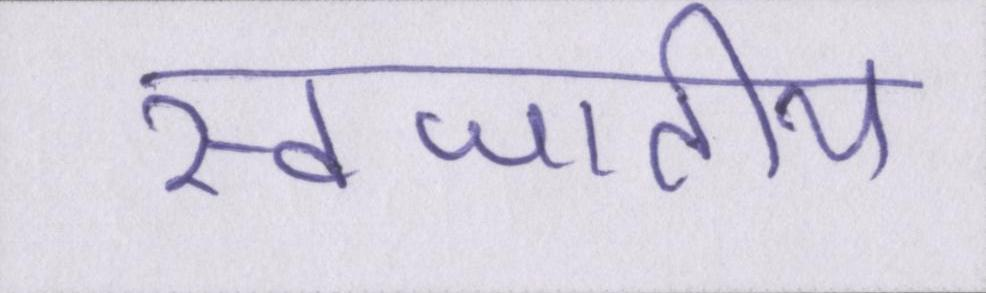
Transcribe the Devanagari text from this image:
स्वजातीय